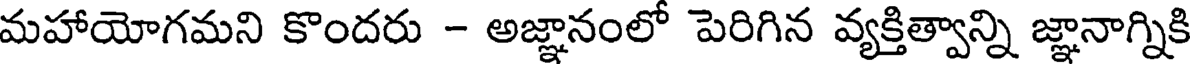
మహాయోగమని కొందరు - అజ్ఞానంలో పెరిగిన వ్యక్తిత్వాన్ని జ్ఞానాగ్నికి